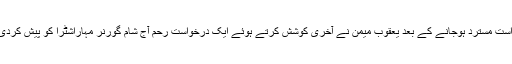
ناگپور سے موصولہ اطلاع کے بموجب سپریم کورٹ میں اپنی کیوریٹیو درخواست مسترد ہوجانے کے بعد یعقوب میمن نے آخری کوشش کرتے ہوئے ایک درخواست رحم آج شام گورنر مہاراشٹرا کو پیش کردی تاکہ 30 جولائی کو اسے دی ہوئی سزائے موت کی تعمیل کو روکا جاسکے۔